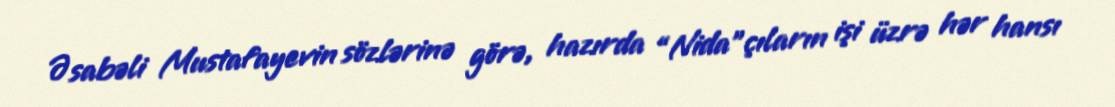
Əsabəli Mustafayevin sözlərinə görə, hazırda “Nida”çıların işi üzrə hər hansı